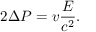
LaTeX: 2 \Delta P = v { \frac { E } { c ^ { 2 } } } .